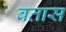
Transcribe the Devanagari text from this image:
बतास